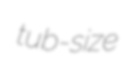
tub-size